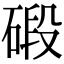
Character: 碫